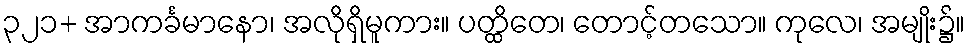
၃၂၁+ အာကင်္ခမာနော၊ အလိုရှိမူကား။ ပတ္ထိတေ၊ တောင့်တသော။ ကုလေ၊ အမျိုး၌။